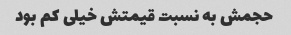
حجمش به نسبت قیمتش خیلی کم بود